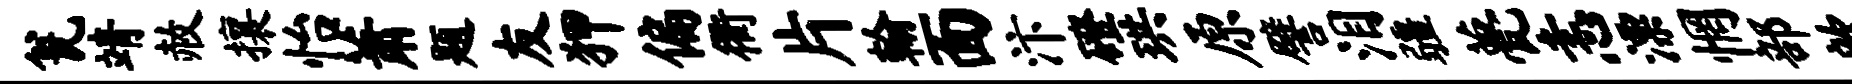
瓮靖赦攘怡萧题友狎偏衢片翰面汴磴珙原譬泪疆甍恚漂惘部歆